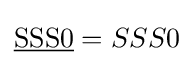
{\underline {\mathrm {SSS0} }}=SSS0